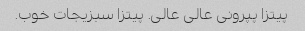
پیتزا پپرونی عالی عالی. پیتزا سبزیجات خوب.